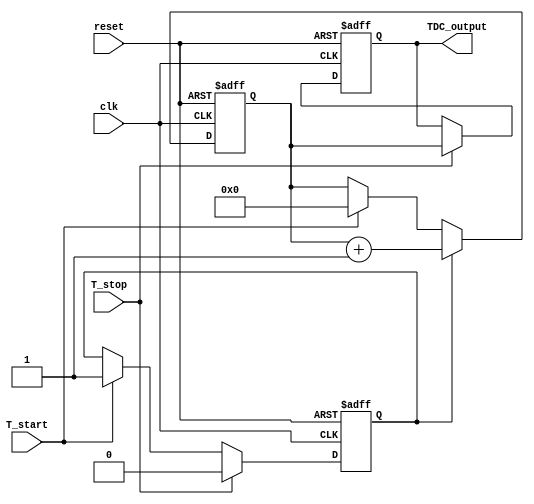
module TDC_Vernier_Delay_Line (
    input wire clk,                // System clock
    input wire reset,              // Reset signal
    input wire T_start,            // Start signal
    input wire T_stop,             // Stop signal
    output reg [15:0] TDC_output    // 16-bit digital output
);

// Parameters for delay line settings
parameter DELAY_COUNT = 16;      // Number of delay elements
parameter DELAY_INCREMENT = 1;    // Increment value for delay lines

// Delay lines
reg [DELAY_COUNT-1:0] ref_delay_line;
reg [DELAY_COUNT-1:0] meas_delay_line;

// Comparator output
reg comparator_out;

// Digital counter
reg [15:0] counter;               // 16-bit counter
reg counting;                     // Counting flag

// Initialize the delay lines and counter
always @(posedge clk or posedge reset) begin
    if (reset) begin
        ref_delay_line <= 0;
        meas_delay_line <= 0;
        counter <= 0;
        TDC_output <= 0;
        counting <= 0;
    end else begin
        // Initialize delay lines on T_start
        if (T_start) begin
            ref_delay_line <= {DELAY_COUNT{1'b1}}; // Activate reference delay line
            meas_delay_line <= 0; // Reset measuring delay line
            counter <= 0; // Reset counter
            counting <= 1; // Start counting
        end
        
        // Increment measuring delay line
        if (counting) begin
            meas_delay_line <= {meas_delay_line[DELAY_COUNT-2:0], 1'b1}; // Shift in new delay
            counter <= counter + 1; // Increment counter
        end
        
        // Comparator logic
        if (T_stop) begin
            comparator_out <= (ref_delay_line[DELAY_COUNT-1] > meas_delay_line[DELAY_COUNT-1]);
            counting <= 0; // Stop counting
            TDC_output <= counter; // Capture the count value
        end
    end
end

endmodule